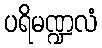
ပရိမဏ္ဍလံ